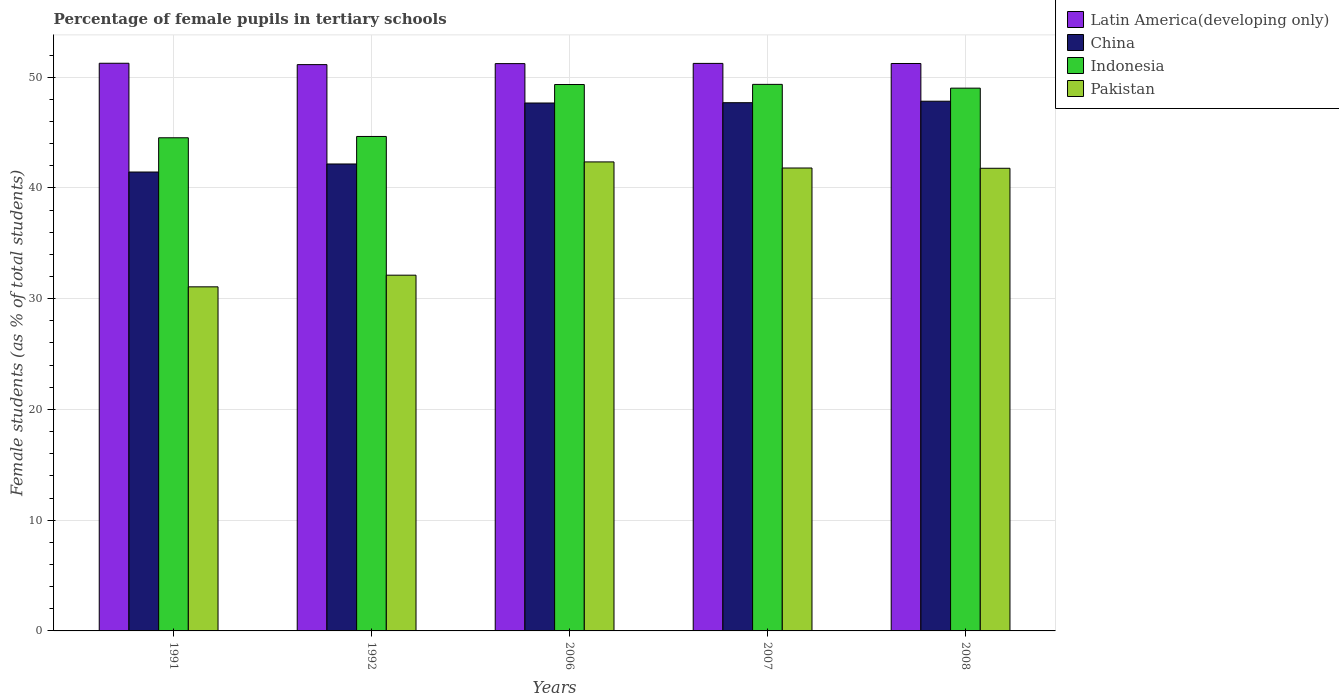
| Years | Latin America(developing only) | China | Indonesia | Pakistan |
 | --- | --- | --- | --- | --- |
 | 1991 | 51.3 | 41.4 | 44.5 | 31.1 |
 | 1992 | 51.1 | 42.2 | 44.6 | 32.1 |
 | 2006 | 51.2 | 47.7 | 49.3 | 42.3 |
 | 2007 | 51.2 | 47.7 | 49.4 | 41.8 |
 | 2008 | 51.2 | 47.8 | 49 | 41.8 |